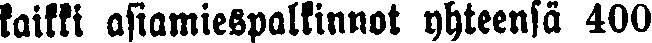
kaikki asiamiespalkinnot yhteensä 400